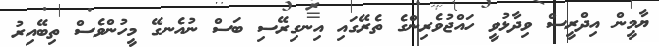
ޔާމީން އިދްރީސް ވިދާޅުވީ ހައްޖުވެރިންގެ ތެރޭގައި އިނގިރޭސި ބަސް ނުއެނގޭ މީހުންވެސް ތިބޭއިރު